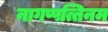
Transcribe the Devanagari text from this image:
नागप्पत्तिनम